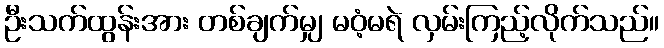
ဦးသက်ထွန်းအား တစ်ချက်မျှ မဝံ့မရဲ လှမ်းကြည့်လိုက်သည်။